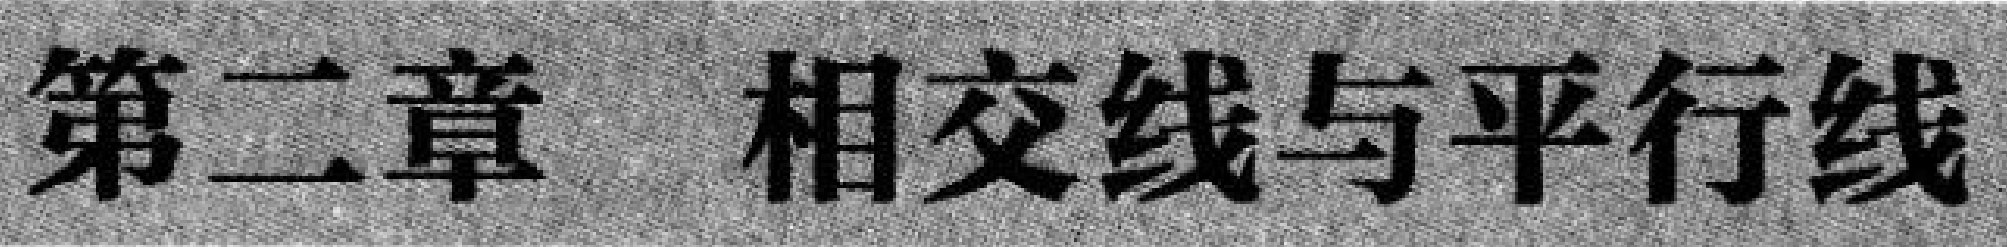
第二章 相交线与平行线